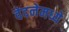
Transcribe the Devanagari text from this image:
वेदनेमध्ये